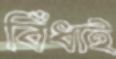
বিঁধাই